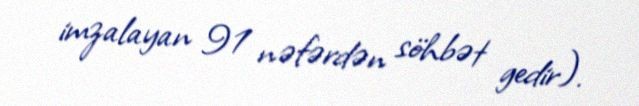
imzalayan 91 nəfərdən söhbət gedir).